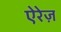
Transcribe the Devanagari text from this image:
ऐरेज़